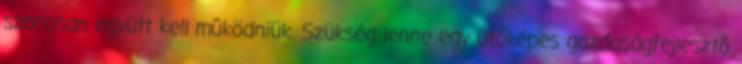
szorosan együtt kell mûködniük. Szükség lenne egy ütôképes gazdaságfejlesztô